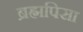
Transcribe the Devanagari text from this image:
ब्रह्मपिसा